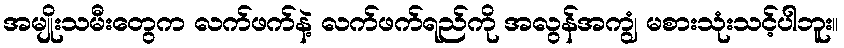
အမျိုးသမီးတွေက လက်ဖက်နဲ့ လက်ဖက်ရည်ကို အလွန်အကျွံ မစားသုံးသင့်ပါဘူး။